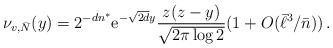
\begin{align*} \nu_{v, \bar N}(y) = 2^{-d n^*} \mathrm{e}^{-\sqrt{2d} y} \frac{z(z-y)}{\sqrt{2\pi \log 2}} (1+ O(\bar \ell^3/\bar n)) \,.\end{align*}